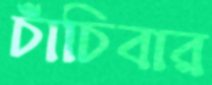
চাঁচিবার